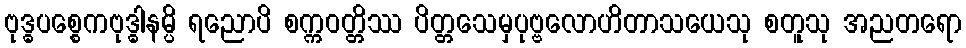
ဗုဒ္ဓပစ္စေကဗုဒ္ဓါနမ္ပိ ရညောပိ စက္ကဝတ္တိဿ ပိတ္တသေမှပုဗ္ဗလောဟိတာသယေသု စတူသု အညတရော